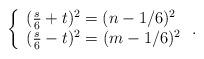
LaTeX: \begin{align*}\left\{\begin{array}{ll}(\frac{s}{6} +t)^{2} = (n-1/6)^{2} \\(\frac{s}{6}-t)^{2} = (m-1/6)^{2}\end{array} \right. .\end{align*}